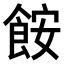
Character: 𫗒